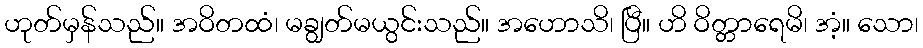
ဟုတ်မှန်သည်။ အဝိတထံ၊ မချွတ်မယွင်းသည်။ အဟောသိ၊ ပြီ။ ဟိ ဝိတ္တာရေမိ၊ အံ့။ သော၊